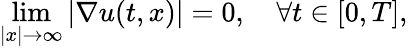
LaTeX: \operatorname*{lim}_{|x|\rightarrow\infty}|\nabla u(t,x)|=0,\quad\forall t\in[0,T],